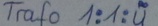
Text: Trafo 1:1:u